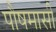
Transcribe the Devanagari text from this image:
पौषमासी